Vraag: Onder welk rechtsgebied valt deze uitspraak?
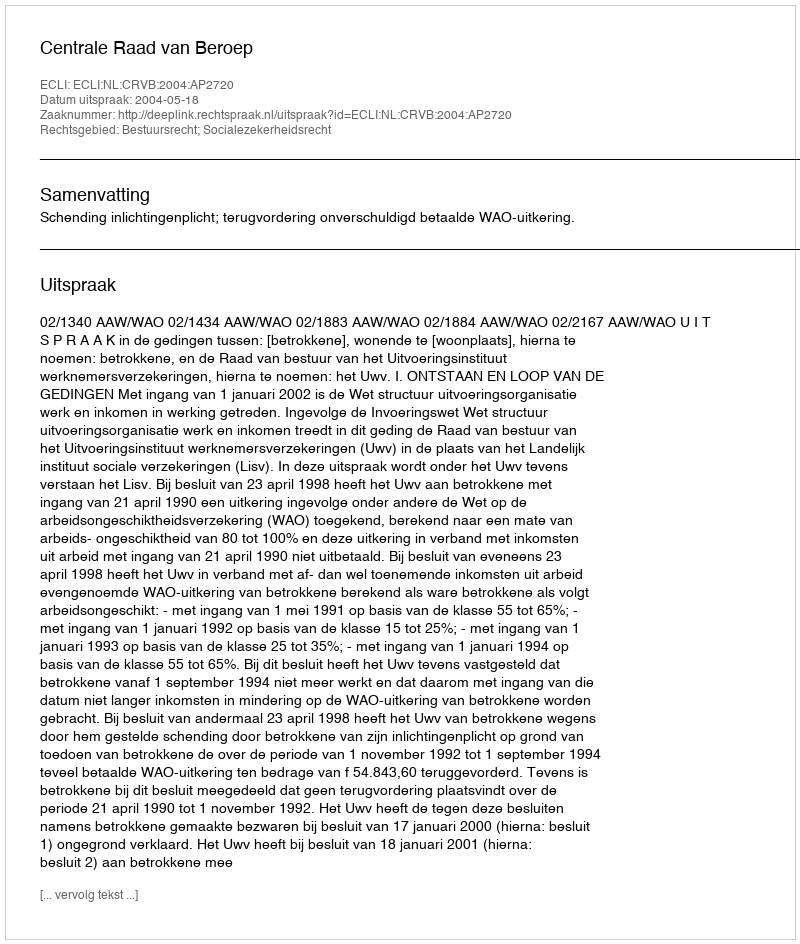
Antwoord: Bestuursrecht; Socialezekerheidsrecht